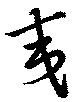
夷